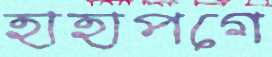
হাহাপগে